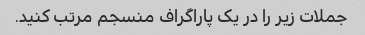
جملات زیر را در یک پاراگراف منسجم مرتب کنید.